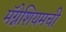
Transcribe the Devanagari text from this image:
मॅग्नेशियमची